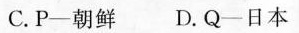
C.P-朝鲜D.Q-日本